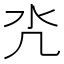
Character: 𣱻